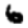
Digit: 6